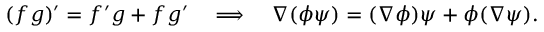
( f g ) ^ { \prime } = f ^ { \prime } g + f g ^ { \prime } ~ ~ ~ \Longrightarrow ~ ~ ~ \nabla ( \phi \psi ) = ( \nabla \phi ) \psi + \phi ( \nabla \psi ) .